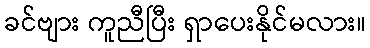
ခင်ဗျား ကူညီပြီး ရှာပေးနိုင်မလား။